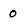
Character: 0